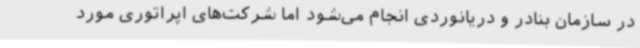
در سازمان بنادر و دریانوردی انجام می‌شود اما شرکت‌های اپراتوری مورد